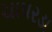
ચાપરડા